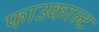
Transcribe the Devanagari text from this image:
फाउकाल्ट